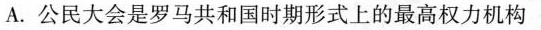
A.公民大会是罗马共和国时期形式上的最高权力机构